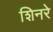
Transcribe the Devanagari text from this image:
शिनरे